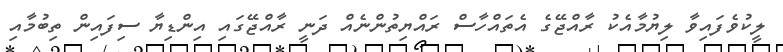
ލީކުވެފައިވާ ލިޔުމާއެކު ރާއްޖޭގެ އެތައްހާސް ރައްޔިތުންނެއް ދަނީ ރާއްޖޭގައި އިންޑިޔާ ސިފައިން ތިބުމާއި